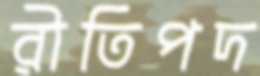
রীতিপদ